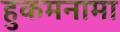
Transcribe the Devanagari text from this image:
हुकमनामा